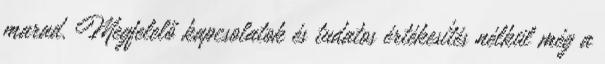
marad. Megfelelő kapcsolatok és tudatos értékesítés nélkül még a